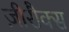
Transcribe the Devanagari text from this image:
ज़ीरौक्स